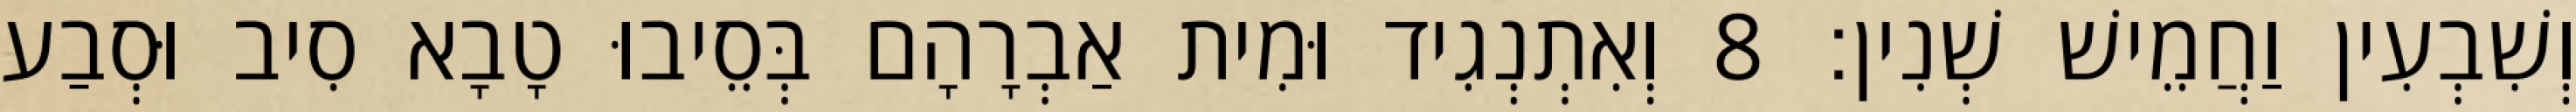
וְשִׁבְעִין וַחֲמֵישׁ שְׁנִין׃ 8 וְאִתְנְגִיד וּמִית אַבְרָהָם בְּסֵיבוּ טָבָא סִיב וּסְבַע